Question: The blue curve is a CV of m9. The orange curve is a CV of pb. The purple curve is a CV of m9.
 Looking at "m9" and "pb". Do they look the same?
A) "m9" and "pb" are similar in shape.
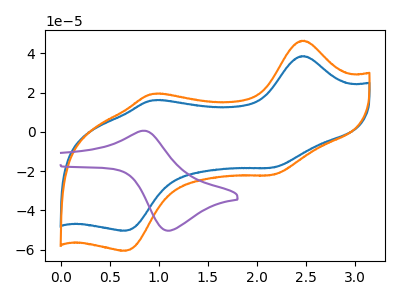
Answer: <think>The blue curve "m9" has anodic peaks at (2.50V, 38.70uA) (0.95V, 16.15uA) and cathodic peaks at (2.15V, -18.20uA) (0.65V, -50.40uA). The orange curve "pb" has anodic peaks at (2.50V, 46.55uA) (0.95V, 19.40uA) and cathodic peaks at (2.15V, -21.90uA) (0.65V, -60.60uA). The purple curve "m9" has an anodic peak at (0.85V, 0.60uA) and a cathodic peak at (1.10V, -50.35uA).
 All the peaks in "m9" have a peak in "pb" at the same potential. Every peak in "m9" is lower than every peak in "pb".</think>
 <answer>A) "m9" and "pb" are similar in shape.</answer>
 <eval>A</eval>